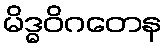
မိဒ္ဓဝိဂတေန